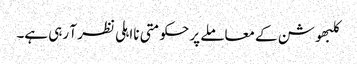
کلبھوشن کے معاملے پر حکومتی نااہلی نظر آ رہی ہے۔